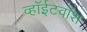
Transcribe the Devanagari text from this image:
व्हॉईटवॉश